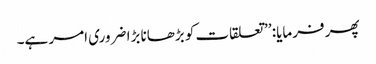
پھر فرمایا: ’’تعلقات کو بڑھانا بڑا ضروری امر ہے۔